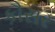
કૌસર